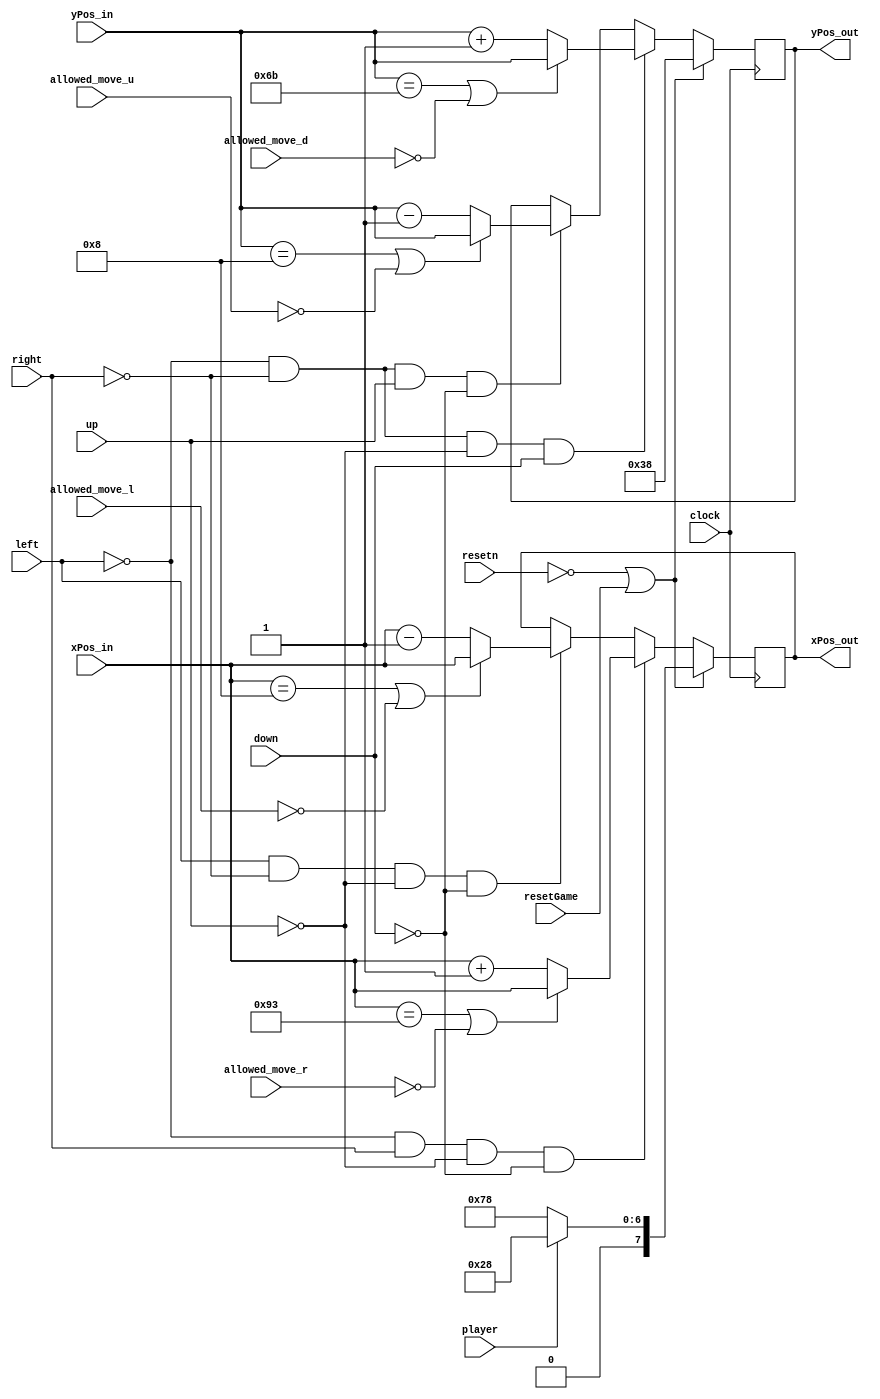
//Moves character on 160x120 vga
module move_character(
	clock, 
	left,
	right,
	up, 
	down,
	xPos_in,
	yPos_in,
	xPos_out,
	yPos_out, 
	resetn,
	resetGame,
	player, 
	allowed_move_r,
	allowed_move_l,
	allowed_move_u,
	allowed_move_d
	);

	//speed controlled clock
	input clock;

	//user control inputs
	input left, right, up, down;

	//game control inputs
	input resetn, resetGame, player;
	
	//movement control inputs
	input allowed_move_r, allowed_move_l, allowed_move_u, allowed_move_d; 
	
	//takes current position of the character
	input [7:0] xPos_in;
	input [6:0] yPos_in;

	//output position of the character
	output reg [7:0] xPos_out;
	output reg [6:0] yPos_out;
//========================================================================================================================	
	
//the x axis scale that the character moves by
  localparam x_ms = 1;

 //the y axis scale that the character moves by
  localparam y_ms = 1;
  
  //player size used to determine if the player is out of bounds
  localparam player_size = 3'b101;

 //border bounds
  localparam left_border = 8'b00001000; 
  localparam right_border = 8'b10011000;
  localparam top_border = 7'b0001000; 
  localparam bottom_border = 7'b1110000; 
  
  //player starting positions
  localparam p1_start_x = 8'b00101000;
  localparam p1_start_y = 7'b0111000;
  localparam p2_start_x = 8'b01111000;
  localparam p2_start_y = 7'b0111000;
//========================================================================================================================	
	always @(posedge clock) begin
		//moves left
		if(left && !right && !up && !down) begin
			if(xPos_in == left_border || !allowed_move_l)
				xPos_out <= xPos_in;
			else
				xPos_out <= xPos_in - x_ms;
		end
		//moves right
		if(!left && right && !up && !down) begin
			if(xPos_in == right_border - player_size || !allowed_move_r)
				xPos_out <= xPos_in;
			else
				xPos_out <= xPos_in + x_ms;
		end
		//moves up
		if(!left && !right && up && !down) begin
			if(yPos_in == top_border || !allowed_move_u)
				yPos_out <= yPos_in;
			else
				yPos_out <= yPos_in - y_ms;
		end
		
		//moves down
		if(!left && !right && !up && down) begin
			if(yPos_in == bottom_border - player_size || !allowed_move_d)
				yPos_out <= yPos_in;
			else
				yPos_out <= yPos_in + y_ms;
		end
		
		//resets the player positions once reset key or someone scores
		if (!resetn || resetGame) begin
			if(player == 1'b1)
				xPos_out <= p1_start_x;
			else
				xPos_out <= p2_start_x;
				
			yPos_out <= p2_start_y;
		end
	end
endmodule

//========================================================================================================================	
//This controls how fast we want the characters to move using a downcounter
module rateDivider(clock, speed, q);
	input clock;
	input [26:0] speed;
	output reg [26:0] q;
	always @(posedge clock) begin
		if(q == 27'b0)
			q <= speed;
		else
			q <= q - 1;
	end
endmodule